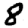
Digit: 8